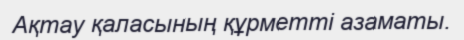
Ақтау қаласының құрметті азаматы.